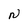
Character: N